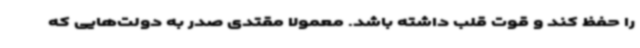
را حفظ کند و قوت قلب داشته باشد. معمولا مقتدی صدر به دولت‌هایی که